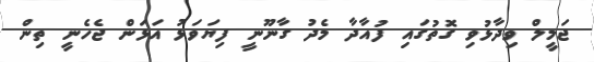
ޖަމީލް ވިދާޅުވި ގޮތުގައި ފުއާދާ މެދު ގާނޫނީ ފިޔަވަޅު އަޅަން ޖެހެނީ ތިން